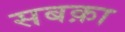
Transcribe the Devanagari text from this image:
सबक़ा